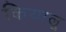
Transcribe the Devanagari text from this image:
कियालू